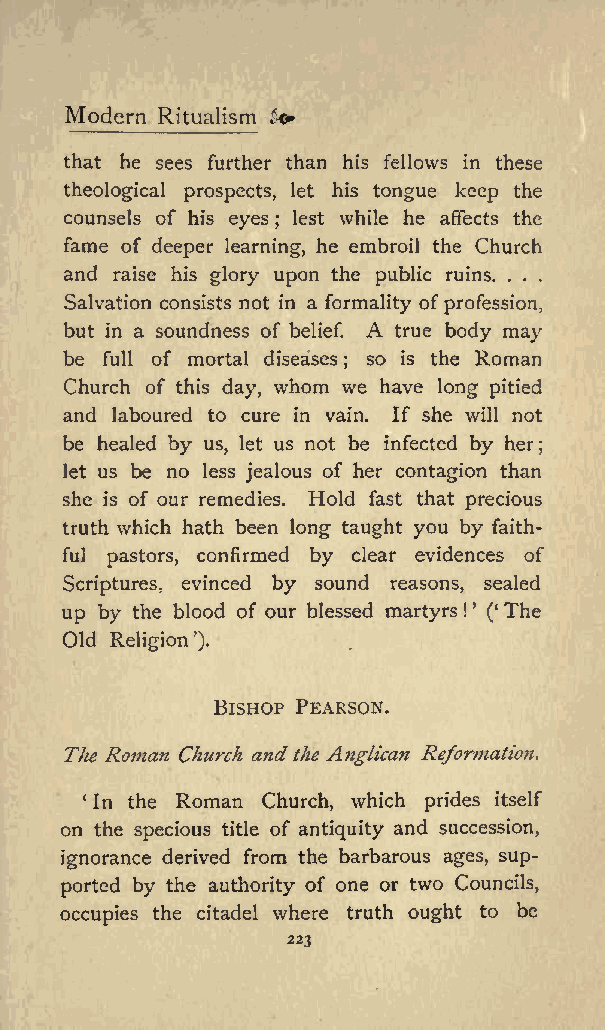
Modern Ritualism &&
 that he sees further than his fellows in these
 theological prospects, let his tongue keep the
 counsels of his eyes lest while he affects the
 ;
 fame of deeper learning, he embroil the Church
 and raise his glory upon the public ruins. . . .
 Salvation consists not in a formality ofprofession,
 A
 but in a soundness of belief. true body may
 be full of mortal diseases so is the Roman
 ;
 Church of this day, whom we have long pitied
 and laboured to cure in vain. If she will not
 be healed by us, let us not be infected by her;
 let us be no less jealous of her contagion than
 she is of our remedies. Hold fast that precious
 truth which hath been long taught you by faith
 ful pastors, confirmed by clear evidences of
 Scriptures, evinced by sound reasons, sealed
 up by the blood of our blessed martyrs ! ( The
 Old Religion ).
 BISHOP PEARSON.
 The Roman Church andthe Anglican Reformation.
 In the Roman Church, which prides itself
 on the specious title of antiquity and succession,
 ignorance derived from the barbarous ages, sup
 ported by the authority of one or two Councils,
 occupies the citadel where truth ought to be
 223